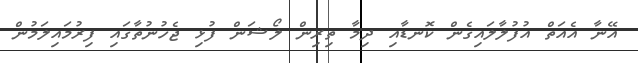
އޭނާ އެއަތް އުފުލާލައިގެން ކޮނޑާއި ދިމާ ތިރިން ލޯޝަން ފުޅި ޖެހުނުތާގައި ފިރުމައިލަމުން